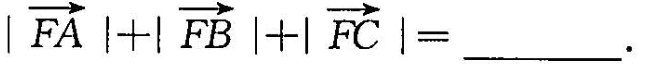
$$\overrightarrow{FA}|+| \overrightarrow{FB}|+| \overrightarrow{FC}|=$$